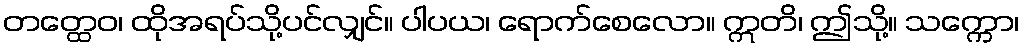
တတ္ထေဝ၊ ထိုအရပ်သို့ပင်လျှင်။ ပါပယ၊ ရောက်စေလော။ ဣတိ၊ ဤသို့။ သက္ကော၊